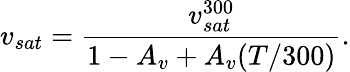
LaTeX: v_{sat}=\frac{v_{sat}^{300}}{1-A_{v}+A_{v}(T/300)}.